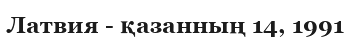
Латвия - қазанның 14, 1991